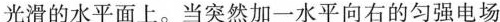
光滑的水平面上。当突然加一水平向右的匀强电场